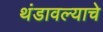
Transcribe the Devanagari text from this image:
थंडावल्याचे